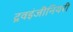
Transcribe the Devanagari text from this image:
द्रवइंजीनियरी